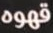
قهوه